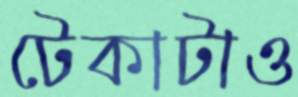
টেকাটাও